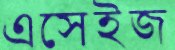
এসেইজ